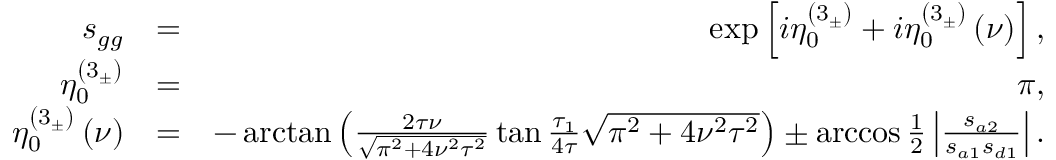
\begin{array} { r l r } { s _ { g g } } & { = } & { \exp \left[ i \eta _ { 0 } ^ { \left( 3 _ { \pm } \right) } + i \eta _ { 0 } ^ { \left( 3 _ { \pm } \right) } \left( \nu \right) \right] , } \\ { \eta _ { 0 } ^ { \left( 3 _ { \pm } \right) } } & { = } & { \pi , } \\ { \eta _ { 0 } ^ { \left( 3 _ { \pm } \right) } \left( \nu \right) } & { = } & { - \arctan \left( \frac { 2 \tau \nu } { \sqrt { \pi ^ { 2 } + 4 \nu ^ { 2 } \tau ^ { 2 } } } \tan \frac { \tau _ { 1 } } { 4 \tau } \sqrt { \pi ^ { 2 } + 4 \nu ^ { 2 } \tau ^ { 2 } } \right) \pm \operatorname { a r c c o s } \frac { 1 } { 2 } \left\vert \frac { s _ { a 2 } } { s _ { a 1 } s _ { d 1 } } \right\vert . } \end{array}